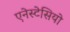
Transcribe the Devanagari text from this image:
एनेस्टेसियो